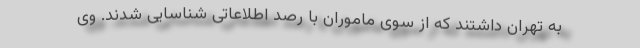
به تهران داشتند که از سوی ماموران با رصد اطلاعاتی شناسایی شدند. وی